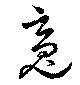
魂